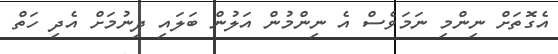
އެގޮތަށް ނިންމި ނަމަވެސް އެ ނިންމުން އަލުން ބަލައި ދިނުމަށް އެދި ހަތް